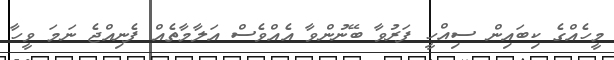
މީހެއްގެ ކިބައިން ސިއްހީ ފަރުވާ ބޭނުންވާ އެއްވެސް އަލާމާތެއް ފެނިއްޖެ ނަމަ ވީހާ